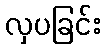
လှပခြင်း